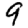
Digit: 9